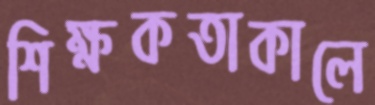
শিক্ষকতাকালে